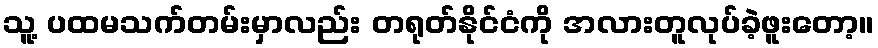
သူ့ ပထမသက်တမ်းမှာလည်း တရုတ်နိုင်ငံကို အလားတူလုပ်ခဲ့ဖူးတော့။